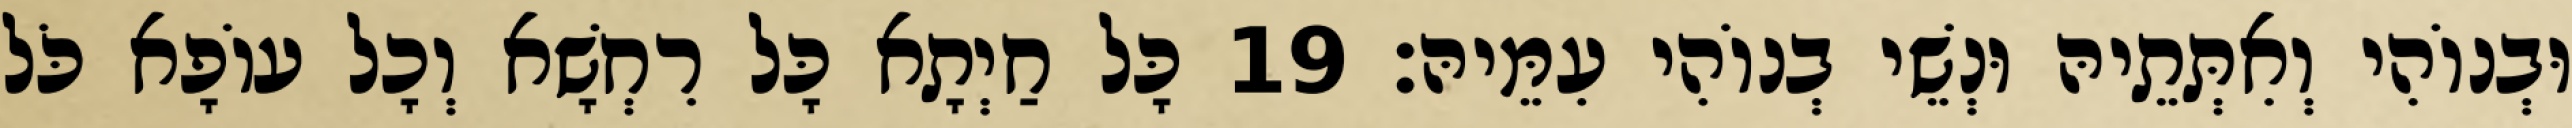
וּבְנוֹהִי וְאִתְּתֵיהּ וּנְשֵׁי בְנוֹהִי עִמֵּיהּ׃ 19 כָּל חַיְתָא כָּל רִחְשָׁא וְכָל עוֹפָא כֹּל